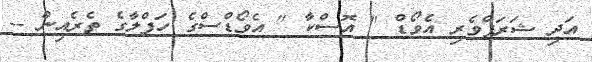
އަދި ޝަރަފްވެރި އެވޯޑް " އޮސްކާ " އެވޯޑްސްގެ ހަފްލާގެ ތެރެއިން --